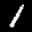
Label: 1